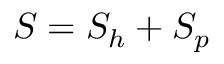
S = S _ { h } + S _ { p }